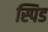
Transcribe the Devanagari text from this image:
स्पिड